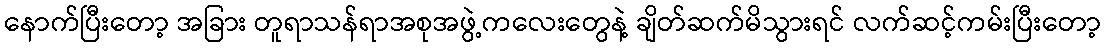
နောက်ပြီးတော့ အခြား တူရာသန်ရာအစုအဖွဲ့ကလေးတွေနဲ့ ချိတ်ဆက်မိသွားရင် လက်ဆင့်ကမ်းပြီးတော့